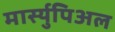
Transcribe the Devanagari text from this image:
मार्स्युपिअल